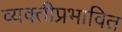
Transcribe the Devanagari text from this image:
व्यक्तीप्रभावित